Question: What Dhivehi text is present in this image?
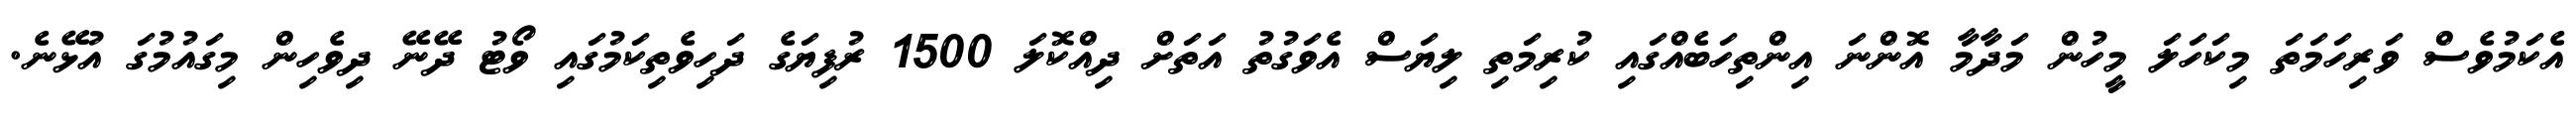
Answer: އެކަމުވެސް ވަރިހަމަތަ މިކަހަލަ މީހުން މަދާމާ އޮންނަ އިންތިހަބެއްގައި ކުރިމަތި ލިޔަސް އެވަގުތު އަތަށް ދިއްކޮލަ 1500 ރުފިޔަގެ ދަހިވެތިކަމުގައި ވޯޓު ދޭނޭ ދިވެހިން މިގައުމުގަ އުޅޭނެ.